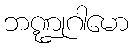
ဘဏ္ဍုဂါမော